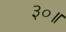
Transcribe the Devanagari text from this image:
३०॥